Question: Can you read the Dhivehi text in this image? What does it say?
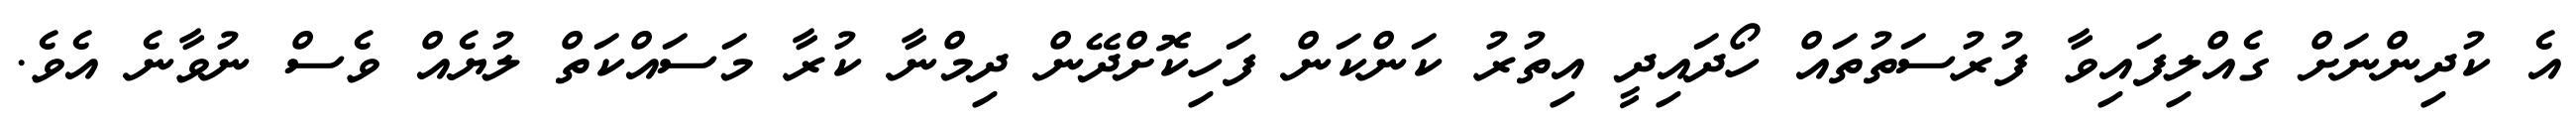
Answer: އެ ކުދިންނަށް ގެއްލިފައިވާ ފުރުސަތުތައް ހޯދައިދީ އިތުރު ކަންކަން ފަހިކޮށްދޭން ދިމްނާ ކުރާ މަސައްކަތް ލުޔެއް ވެސް ނުވާނެ އެވެ.